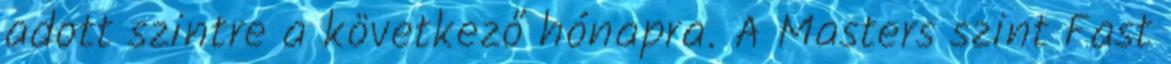
adott szintre a következő hónapra. A Masters szint Fast